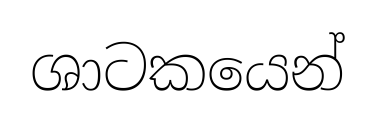
ශාටකයෙන්